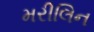
મરીલિન